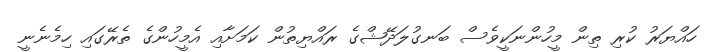
ހައްޔަރު ކުރި ތިން މީހުންނަކީވެސް ބަނގުލަދޭޝްގެ ރައްޔިތުން ކަމަށާއި އެމީހުންގެ ތެރޭގައި ހިމެެނެނީ